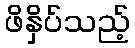
ဖိနှိပ်သည့်